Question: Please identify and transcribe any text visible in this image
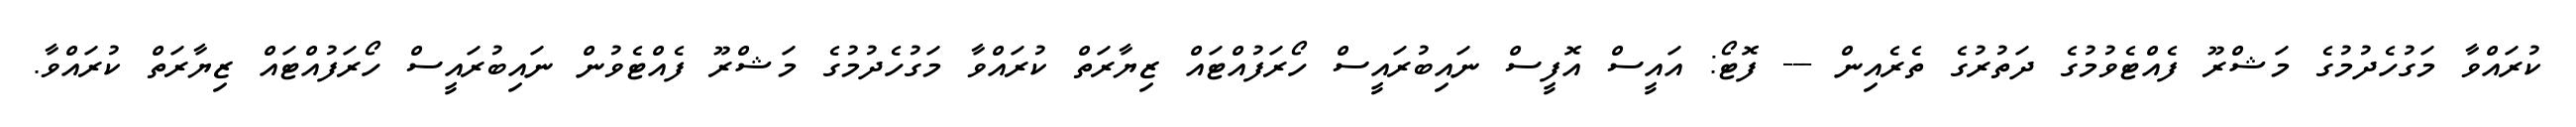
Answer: ކުރައްވާ މަގުހެދުމުގެ މަޝްރޫ ފެއްޓެވުމުގެ ދަތުރުގެ ތެރެއިން --- ފޮޓޯ: އައީސް އޮފީސް ނައިބުރައީސް ހޯރަފުއްޓައް ޒިޔާރަތް ކުރައްވާ މަގުހެދުމުގެ މަޝްރޫ ފެއްޓެވުން ނައިބުރައީސް ހޯރަފުއްޓައް ޒިޔާރަތް ކުރައްވާ.